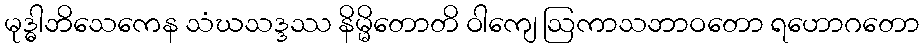
မုဒ္ဓါဘိသေကေန သံဃသဒ္ဒဿ နိမ္မိတောတိ ဝါကျေ ဩကာသဘာဝတော ရဟောဂတော